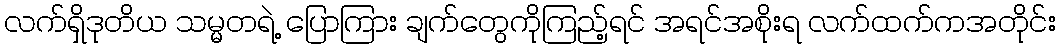
လက်ရှိဒုတိယ သမ္မတရဲ့ ပြောကြား ချက်တွေကိုကြည့်ရင် အရင်အစိုးရ လက်ထက်ကအတိုင်း